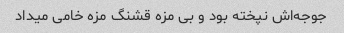
جوجه‌اش نپخته بود و بی مزه قشنگ مزه خامی میداد